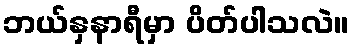
ဘယ်နှနာရီမှာ ပိတ်ပါသလဲ။